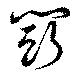
鬪